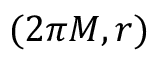
( 2 \pi M , r )